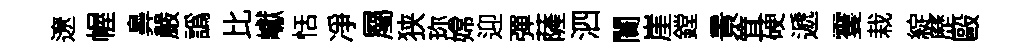
遼幄鼻嚴譌比巘恬凈屬狭珎嫦迎彈薩泗闠崖鏜㬌䇯硬遞䨥栽綻歷毆